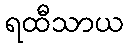
ရထီသာယ